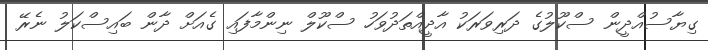
ގިޔާސުއްދީން ސްކޫލުގެ ދަރިވަރަކު އާދީއްތަދުވަހު ސްކޫލް ނިންމާފައި ގެއަށް ދާން ބައިސްކަލު ނެރޭ